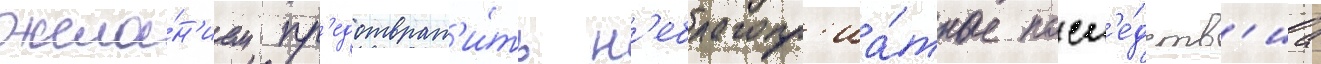
жела́н'ием пр'едотврат'и́ть н'еблагопр'иа́тные посл'е́дств'иа